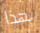
بهذا